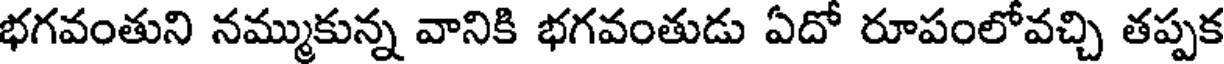
భగవంతుని నమ్ముకున్న వానికి భగవంతుడు ఏదో రూపంలోవచ్చి తప్పక